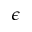
\epsilon